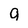
Character: 9